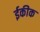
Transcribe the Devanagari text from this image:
ईकीक